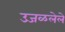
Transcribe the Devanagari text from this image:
उजळलेले